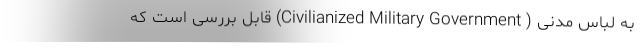
به لباس مدنی ( Civilianized Military Government) قابل بررسی است که